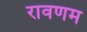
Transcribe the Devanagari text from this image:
रावणम